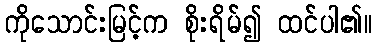
ကိုသောင်းမြင့်က စိုးရိမ်၍ ထင်ပါ၏။